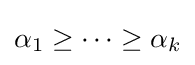
\alpha _{1}\geq \dots \geq \alpha _{k}